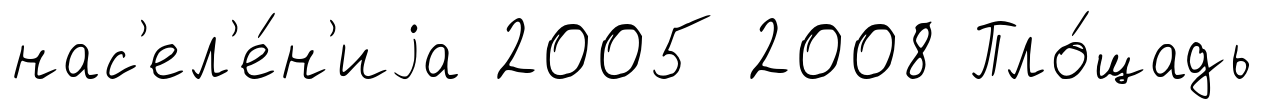
нас'ел'е́н'иjа 2005 2008 Пло́щадь